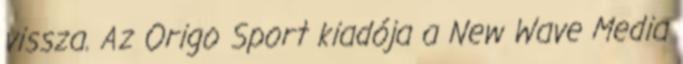
vissza. Az Origo Sport kiadója a New Wave Media